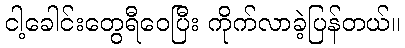
ငါ့ခေါင်းတွေရီဝေပြီး ကိုက်လာခဲ့ပြန်တယ်။